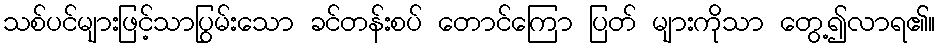
သစ်ပင်များဖြင့်သာပြွမ်းသော ခင်တန်းစပ် တောင်ကြော ပြတ် များကိုသာ တွေ့၍လာရ၏။